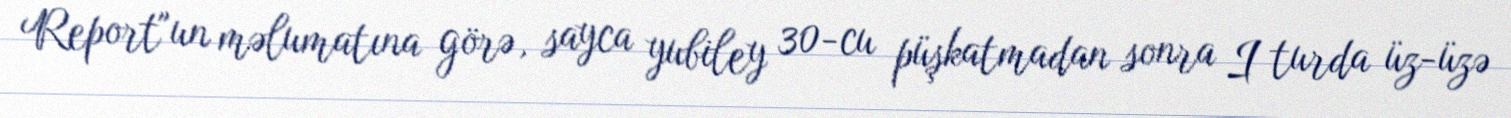
Report"un məlumatına görə, sayca yubiley 30-cu püşkatmadan sonra I turda üz-üzə